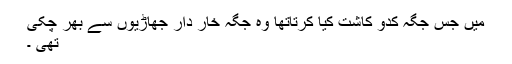
میں جس جگہ کدّو کاشت کیا کرتاتھا وہ جگہ خار دار جھاڑیوں سے بھر چکی
تھی ۔